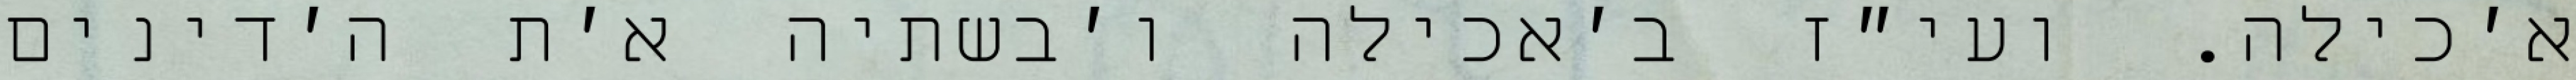
א׳כילה. ועי״ז ב׳אכילה ו׳בשתיה א׳ת ה׳דינים